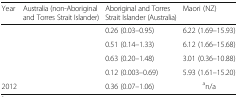
<table><thead><tr><td><b>Year</b></td><td><b>Australia (non-Aboriginal and Torres Strait Islander)</b></td><td><b>Aboriginal and Torres Strait Islander (Australia)</b></td><td><b>Maori (NZ)</b></td></tr></thead><tbody><tr><td>[EMPTY_CELL]</td><td>[EMPTY_CELL]</td><td>0.26 (0.03–0.95)</td><td>6.22 (1.69–15.93)</td></tr><tr><td>[EMPTY_CELL]</td><td>[EMPTY_CELL]</td><td>0.51 (0.14–1.33)</td><td>6.12 (1.66–15.68)</td></tr><tr><td>[EMPTY_CELL]</td><td>[EMPTY_CELL]</td><td>0.63 (0.20–1.48)</td><td>3.01 (0.36–10.88)</td></tr><tr><td>[EMPTY_CELL]</td><td>[EMPTY_CELL]</td><td>0.12 (0.003–0.69)</td><td>5.93 (1.61–15.20)</td></tr><tr><td>2012</td><td>[EMPTY_CELL]</td><td>0.36 (0.07–1.06)</td><td><sup>a</sup>n/a</td></tr></tbody></table>